Report on the bubonic plague in Bombay, 1896-1897
Year: 1896
Disease focus: Plague
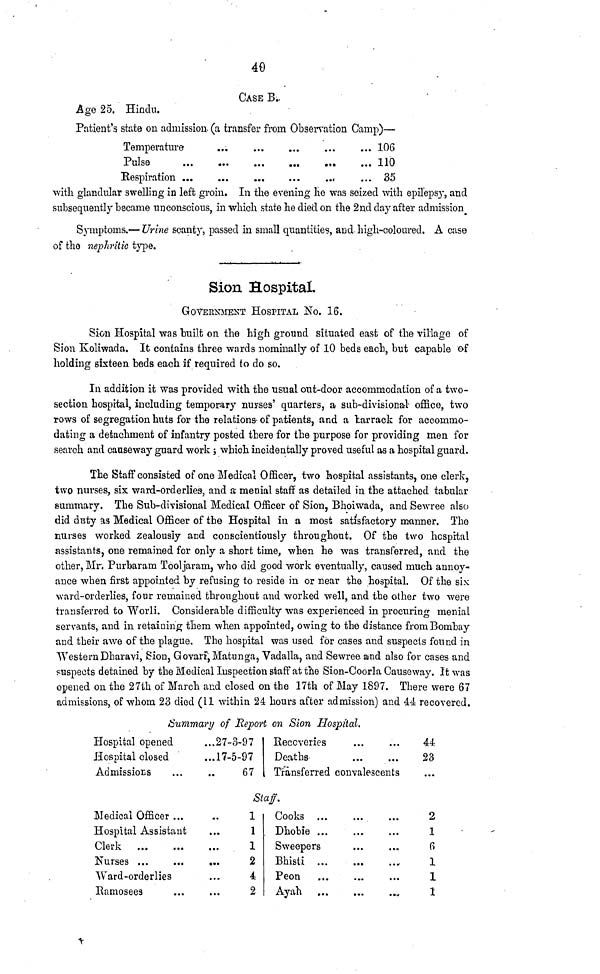
40
CASE B.
Age 25. Hindu.
Patient's state on admission (a transfer from Observation Gamp)—
Temperature
Respiration ...
...
...
...
...
...
...
...
...
...
...
...
...
...
...
...
106
110
35
with glandular swelling in left groin. In the evening He was seized with epilepsy, and
subsequently became unconscious, in which state he died on the 2nd day after admission
Symptoms.— Urine scanty, passed in small quantities, and-high-coloured. A case
of the nephritic type.
Sion Hospital.
GOVERNMENT HOSPITAL NO. 16.
Sion Hospital was built on the high ground situated east of the village of
Sion Ivoliwada. It contains three wards nominally of 10 beds each, but capable of
holding sixteen beds each if required to do so.
In addition it was provided with the usual out-door accommodation of a two-
section hospital, including temporary nurses' quarters, a sub-divisional office, two
rows of segregation huts for the relations of patients, and a barrack for accommo-
dating a detachment of infantry posted there for the purpose for providing men for
search and causeway guard work ; which incidentally proved useful as a hospital guard.
The Staff consisted of one Medical Officer, two hospital assistants, one clerk,
two nurses, six ward-orderlies, and a menial staff as detailed in the attached tabular
summary. The Sub-divisional Medical Officer of Sion, Bhoiwada, and Sewree also
did duty as Medical Officer of the Hospital in a most satisfactory manner. The
nurses worked zealously and conscientiously throughout. Of the two hospital
assistants, one remained for only a short time, when he was transferred, and the
other, Mr. Purbaram Tooljaram, who did good work eventually, caused much annoy-
ance when first appointed by refusing to reside in or near the hospital. Of the six
ward-orderlies, four remained throughout and worked well, and the other two were
transferred to Worli. Considerable difficulty was experienced in procuring menial
servants, and in retaining them when appointed, owing to the distance from Bombay
and their awe of the plague. The hospital was used for cases and suspects found in
Western Dharavi, Sion, Govari, Matunga, Vadalla, and Sewree and also for cases and
suspects detained by the Medical Inspection staff at the Sion-Coorla Causeway. It was
opened on the 27th of March and closed on the 17th of May 1897. There were 67
admissions, of whom 23 died (11 within 24 hours after admission) and 44 recovered.
Summary of Report on Sion Hospital.
Hospital opened
Hospital closed
Admissions ...
...27-3-97
...17-5-97
... 67
Recoveries ... ...
Deaths ... ...
Transferred convalescents
44
23
...
Staff.
Medical Officer ...
Hospital Assistant
Clerk
...
...
Nurses
...
...
Ward-orderlies
Ramosees ...
...
...
...
...
...
...
1
1
1
2
4
2
Cooks ...
Dhobie ...
Sweepers
Bhisti ...
Peon
Ayah
...
...
...
...
...
...
...
...
...
...
...
...
2
1
6
1
1
1